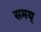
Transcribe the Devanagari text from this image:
समय्